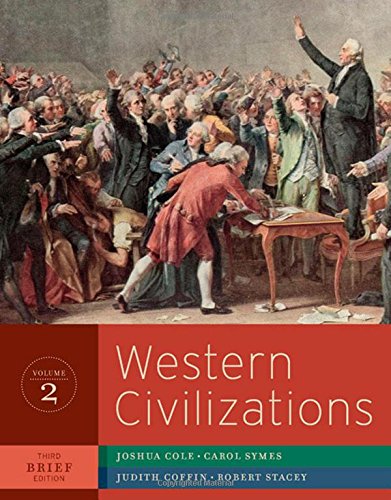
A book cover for Western Civilizations: Their History and Their Culture (Brief Third Edition)  (Vol. 2); Joshua Cole; History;